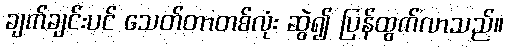
ချက်ချင်းပင် သေတ်တာတစ်လုံး ဆွဲ၍ ပြန်ထွက်လာသည်။